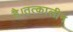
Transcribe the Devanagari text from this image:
है।तत्कालीन